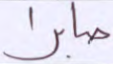
صابرا